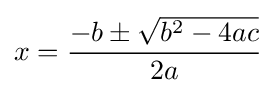
x={-b\pm {\sqrt {b^{2}-4ac}} \over 2a}